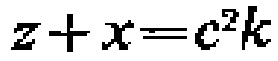
\(z + x = c^{2}k\)